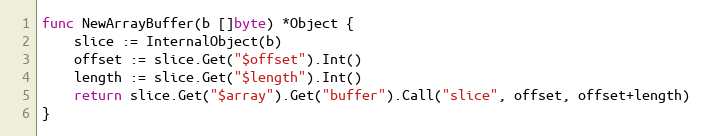
Language: Go
func NewArrayBuffer(b []byte) *Object {
	slice := InternalObject(b)
	offset := slice.Get("$offset").Int()
	length := slice.Get("$length").Int()
	return slice.Get("$array").Get("buffer").Call("slice", offset, offset+length)
}